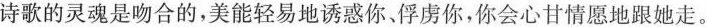
诗歌的灵魂是吻合的，美能轻易地诱惑你俘虏你，你会心甘情愿地跟她走。